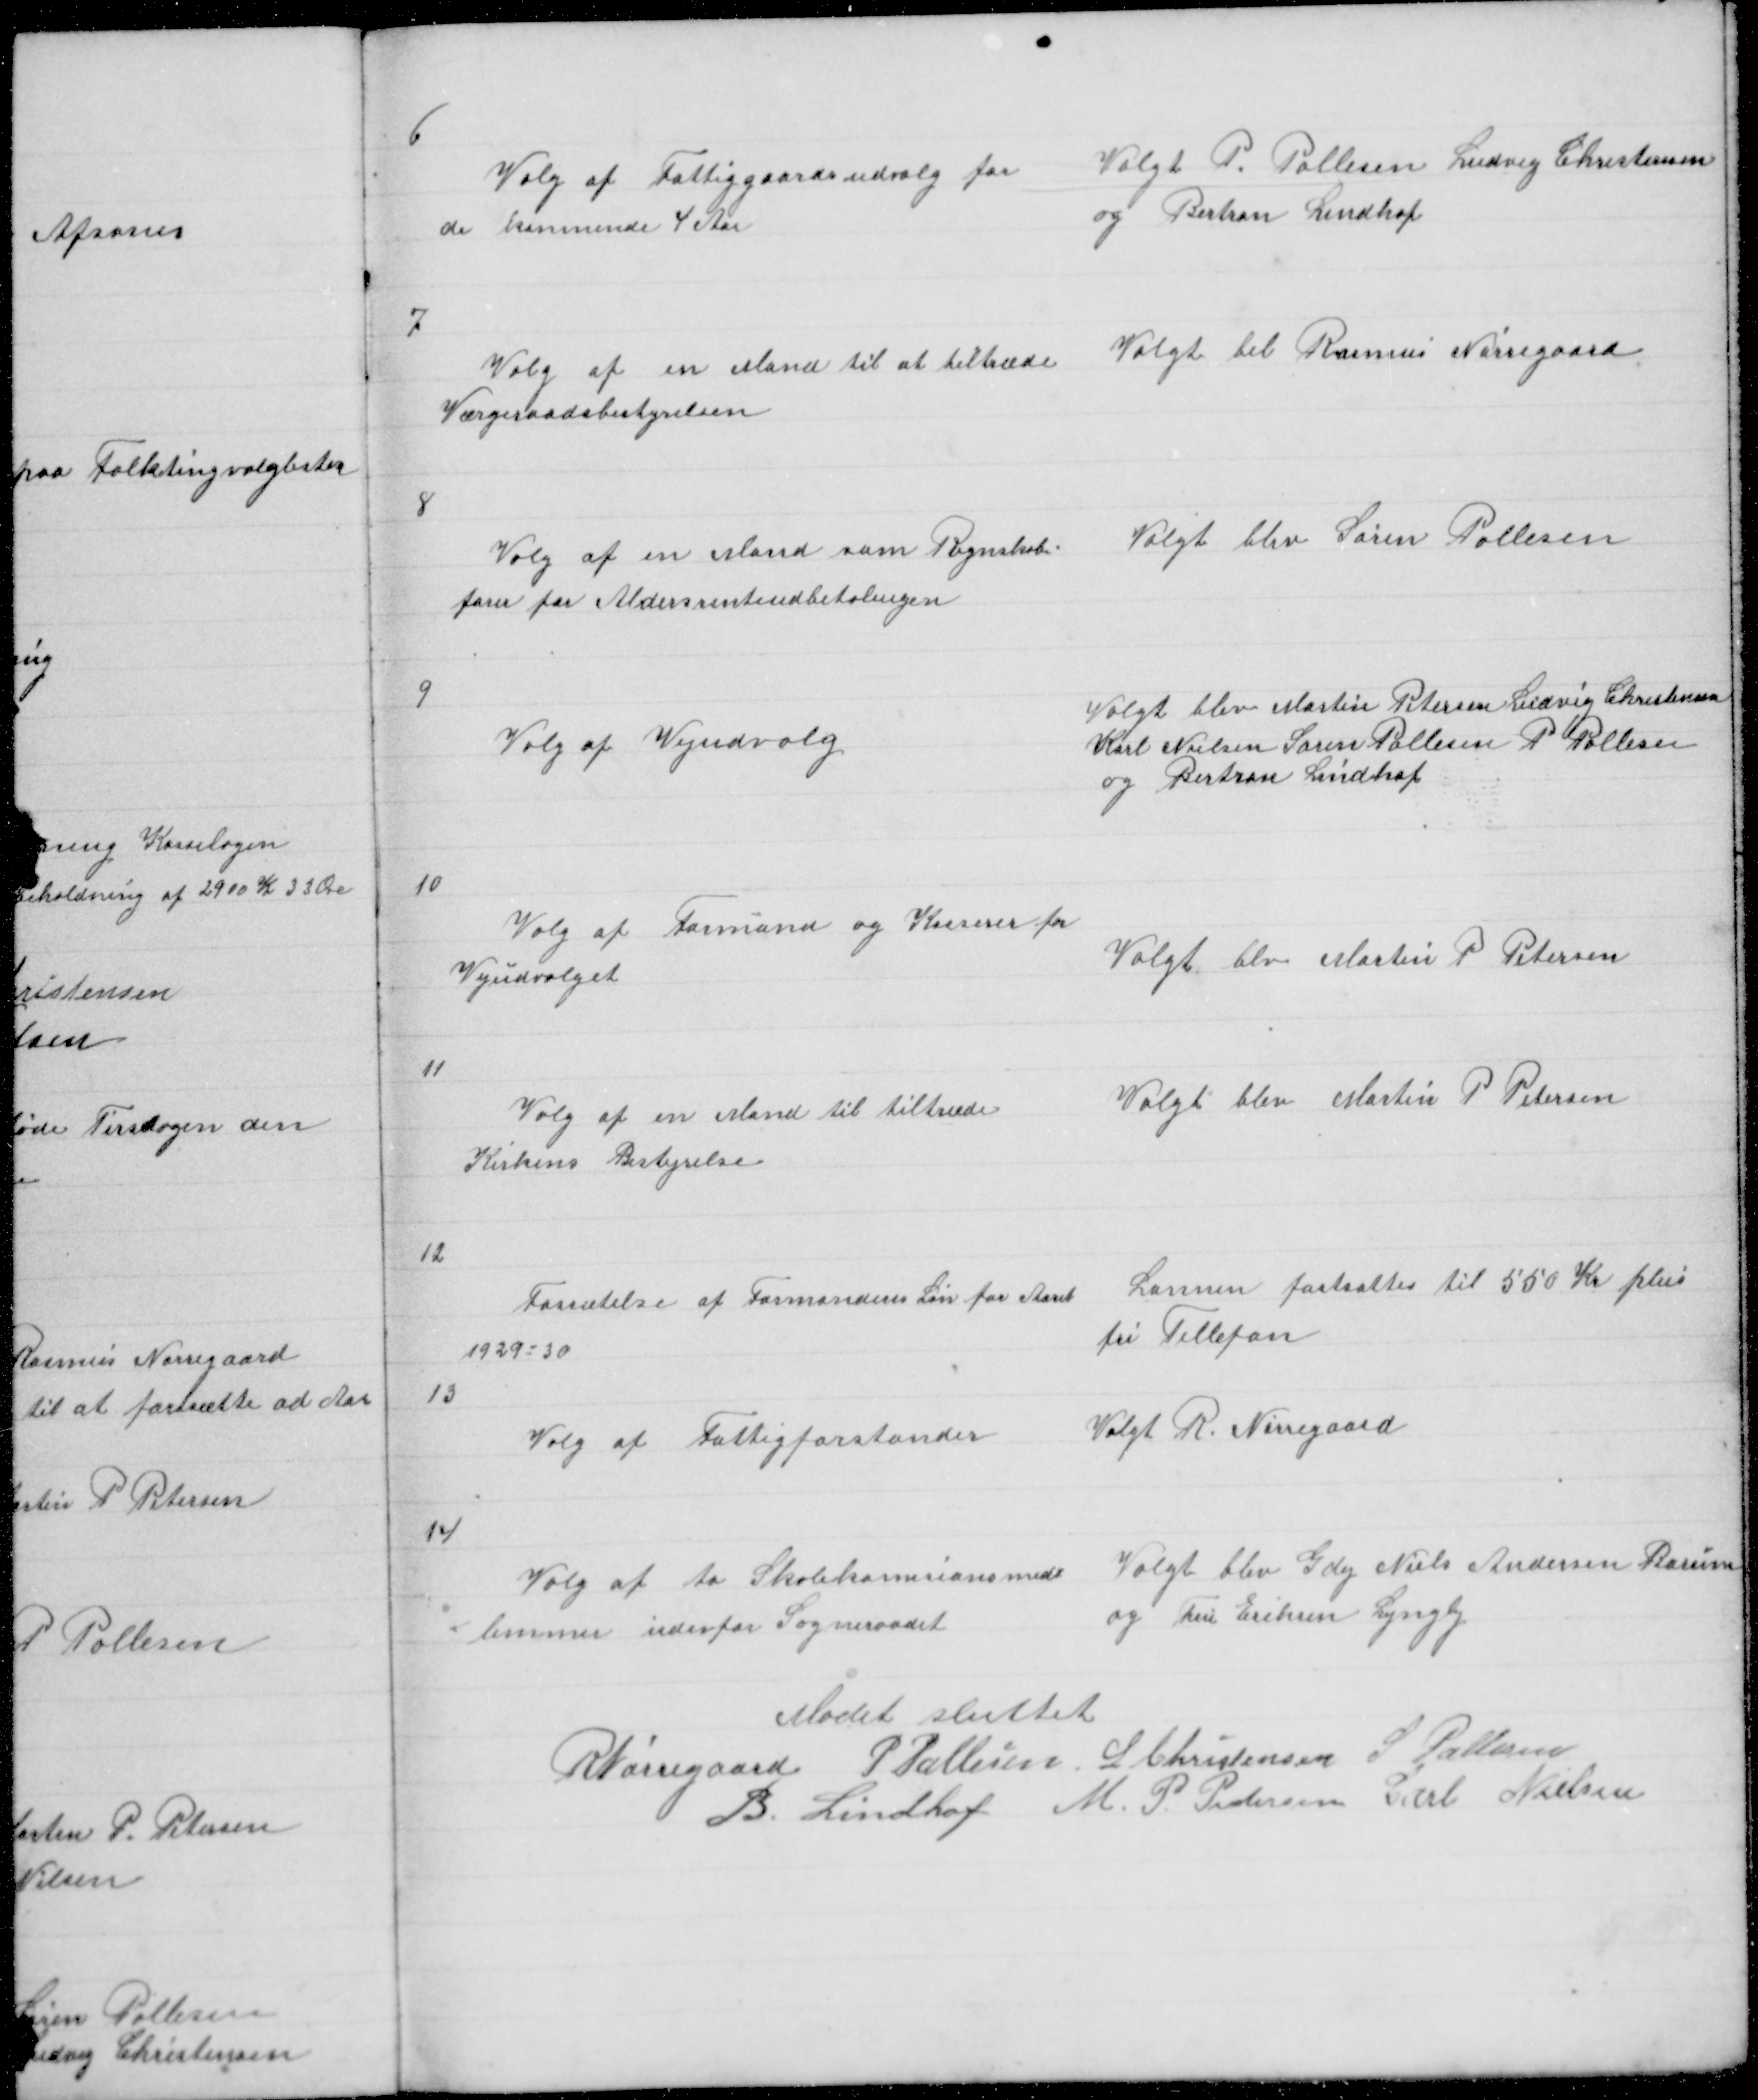
Transskription:
6

Valg af Fattiggaardsudvalg for
de kommende 4 Aar

Valgt P Pallesen Ludvig Christensen
og Bertran Lindhof

7

Valg af en Mand til at tiltræde
Værgeraadsbestyrelsen

Valgt blev Rasmus Nørregaard

8

Valg af en Mand som Regnskabs =
fører for Aldersrenteudbetalingen

Valgt blev Søren Pallesen

9

Valg af Vejudvalg

Valgt blev Martin Petersen Ludvig Christensen
Karl Nielsen Søren Pallesen P Pallesen
og Bertran Lindhof

10

Valg af Formand og Kasserer for
Vejudvalget

Valgt blev Martin P Petersen

11

Valg af en Mand til tiltræde
Kirkens Bestyrelse

Valgt blev Martin P Petersen

12

Fassætelse af Formandens Løn for Aaret
1929 = 30

Lønnen fastsattes til 550 Kr plus
fri Tellefon

13

Valg af Fattigforstander

Valgt R Nørregaard

14

Valg af Skolekomisions med =
= lemmer udenfor Sogneraadet

Valgt blev Gdej Niels Andersen Borum
og Fru Eriksen Lyngby

Mødet sluttet
R Nørregaard P Pallesen L Christensen S Pallesen
B. Lindhof M P Pedersen Carl Nielsen